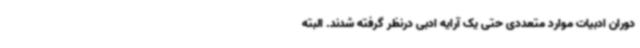
دوران ادبیات موارد متعددی حتی یک آرایه ادبی درنظر گرفته شدند. البته